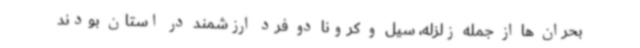
بحران ها از جمله زلزله، سیل و کرونا دو فرد ارزشمند در استان بودند